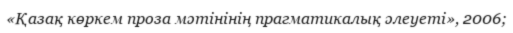
«Қазақ көркем проза мәтінінің прагматикалық әлеуеті», 2006;